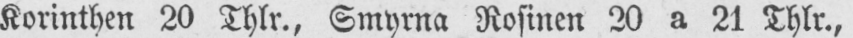
Korinthen 20 Thlr., Smyrna Rosinen 20 a 21 Thlr.,